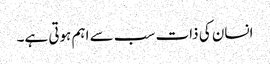
انسان کی ذات سب سے اہم ہوتی ہے۔